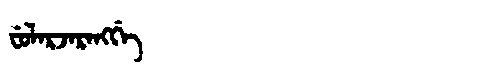
Manchu: ᠸᡠᠯᠠᡵᠵᠠᡵᠠᠩᡤᡝ
Romanization: FULARJARANGGE